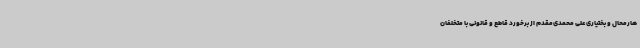
هارمحال و بختیاری علی محمدی‌مقدم از برخورد قاطع و قانونی با متخلفان